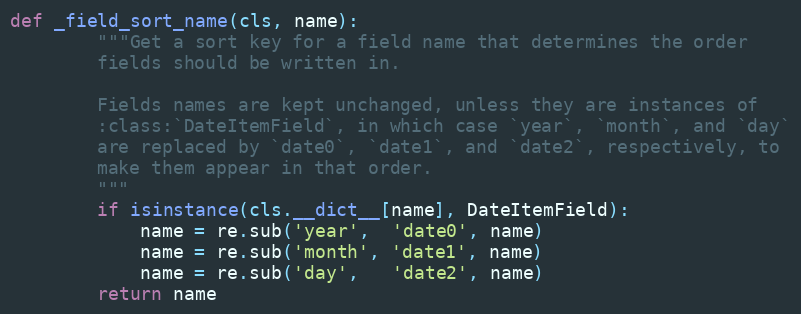
Language: Python
def _field_sort_name(cls, name):
        """Get a sort key for a field name that determines the order
        fields should be written in.

        Fields names are kept unchanged, unless they are instances of
        :class:`DateItemField`, in which case `year`, `month`, and `day`
        are replaced by `date0`, `date1`, and `date2`, respectively, to
        make them appear in that order.
        """
        if isinstance(cls.__dict__[name], DateItemField):
            name = re.sub('year',  'date0', name)
            name = re.sub('month', 'date1', name)
            name = re.sub('day',   'date2', name)
        return name